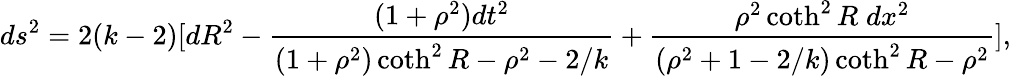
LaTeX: ds^{2}=2(k-2)[dR^{2}-\frac{(1+\rho^{2})dt^{2}}{(1+\rho^{2})\coth^{2}R-\rho^{2}-2/k}+\frac{\rho^{2}\coth^{2}R\; dx^{2}}{(\rho^{2}+1-2/k)\coth^{2}R-\rho^{2}}],